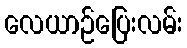
လေယာဉ်ပြေးလမ်း